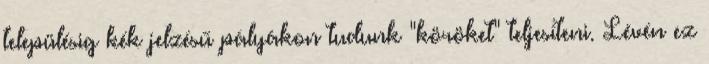
településig kék jelzésű pályákon tudunk "köröket" teljesíteni. Lévén ez